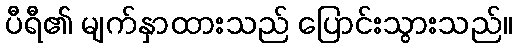
ပီရီ၏ မျက်နှာထားသည် ပြောင်းသွားသည်။